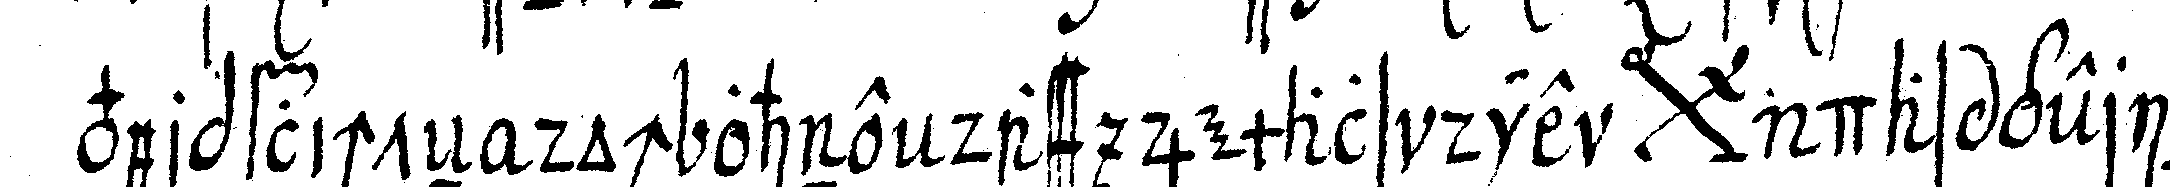
verpflichteN doch ohne dass jemals die *bigx* das gering